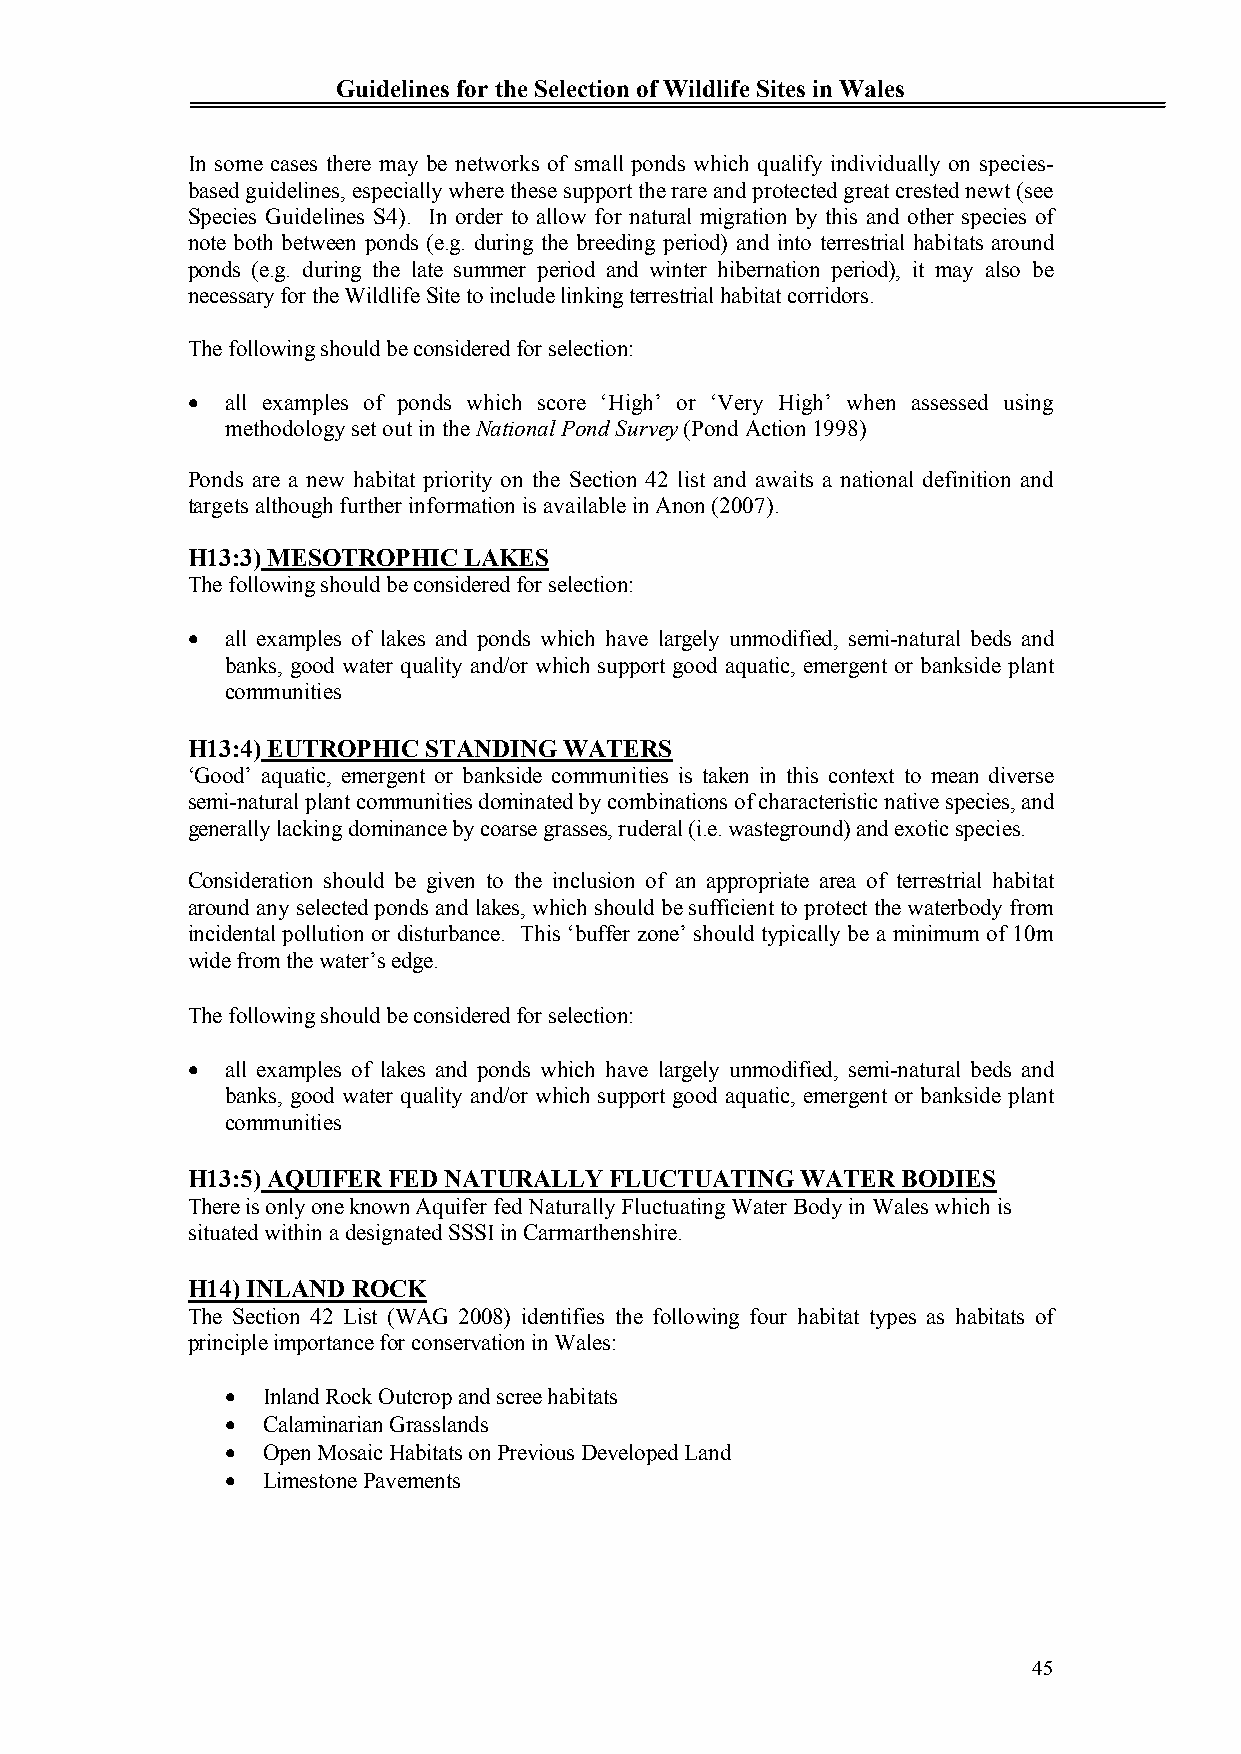
Guidelines for the Selection of Wildlife Sites in Wales
 In some cases there may be networks of small ponds which qualify individually on species-
 based guidelines, especially where these support the rare and protected great crested newt (see
 Species Guidelines S4). In order to allow for natural migration by this and other species of
 note both between ponds (e.g. during the breeding period) and into terrestrial habitats around
 ponds (e.g. during the late summer period and winter hibernation period), it may also be
 necessary for the Wildlife Site to include linking terrestrial habitat corridors.
 The following should be considered for selection:
   all examples of ponds which score ‘High’ or ‘Very High’ when assessed using
 methodology set out in the National Pond Survey (Pond Action 1998)
 Ponds are a new habitat priority on the Section 42 list and awaits a national definition and
 targets although further information is available in Anon (2007).
 H13:3)MESOTROPHIC  LAKES
 The following should be considered for selection:
   all examples of lakes and ponds which have largely unmodified, semi-natural beds and
 banks, good water quality and/or which support good aquatic, emergent or bankside plant
 communities
 H13:4) EUTROPHIC STANDING WATERS
 ‘Good’ aquatic, emergent or bankside communities is taken in this context to mean diverse
 semi-natural plant communities dominated by combinations of characteristic native species, and
 generally lacking dominance by coarse grasses, ruderal (i.e. wasteground) and exotic species.
 Consideration should be given to the inclusion of an appropriate area of terrestrial habitat
 around any selected ponds and lakes, which should be sufficient to protect the waterbody from
 incidental pollution or disturbance. This ‘buffer zone’ should typically be a minimum of 10m
 wide from the water’s edge.
 The following should be considered for selection:
   all examples of lakes and ponds which have largely unmodified, semi-natural beds and
 banks, good water quality and/or which support good aquatic, emergent or bankside plant
 communities
 H13:5)AQUIFER FED NATURALLY FLUCTUATING  WATER  BODIES
 There is only one known Aquifer fed Naturally Fluctuating Water Body in Wales which is
 situated within a designated SSSI in Carmarthenshire.
 H14) INLAND ROCK
 The Section 42 List (WAG 2008) identifies the following four habitat types as habitats of
 principle importance for conservation in Wales:
  Inland Rock Outcrop and scree habitats
  Calaminarian Grasslands
  Open Mosaic Habitats on Previous Developed Land
  Limestone Pavements
 45